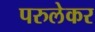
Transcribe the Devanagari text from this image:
परुलेकर